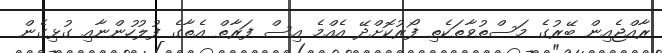
ރާއްޖެއިން ބޭރުގެ މަސްތުވާތަކެތި ފޯރުކޮށްދޭ އެއްމެ އިސް ފަރާތް އެތާގެ ފުލުހުންނާއި ގުޅިގެން